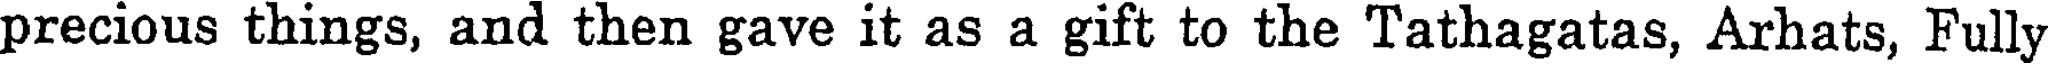
precious things, and then gave it as a gift to the Tathagatas, Arhats, Fully